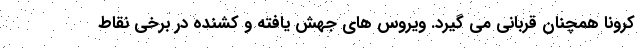
کرونا همچنان قربانی می گیرد. ویروس های جهش یافته و کشنده در برخی نقاط